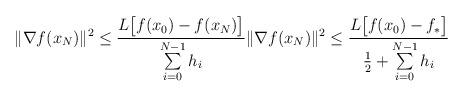
LaTeX: \begin{align*} \|\nabla f(x_N)\|^2 {} \leq {} \frac{L\big[f(x_0)-f(x_N)\big]}{ \sum\limits_{i=0}^{N-1} h_i} \|\nabla f(x_N)\|^2 {} \leq {} \frac{L\big[f(x_0)-f_*\big]}{\tfrac{1}{2} + \sum\limits_{i=0}^{N-1} h_i}\end{align*}